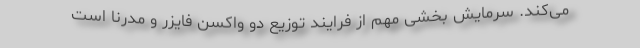
می‌کند. سرمایش بخشی مهم از فرایند توزیع دو واکسن فایزر و مدرنا است